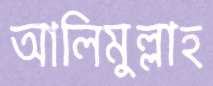
আলিমুল্লাহ